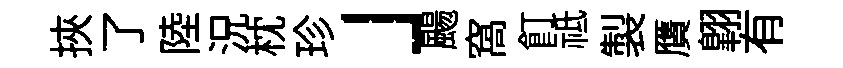
挾了陸況枕珍」颺窩飣祗製贋翺有